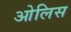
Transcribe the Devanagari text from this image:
ओलिस